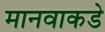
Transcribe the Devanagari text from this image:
मानवाकडे